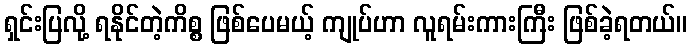
ရှင်းပြလို့ ရနိုင်တဲ့ကိစ္စ ဖြစ်ပေမယ့် ကျုပ်ဟာ လူရမ်းကားကြီး ဖြစ်ခဲ့ရတယ်။